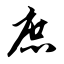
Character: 庶